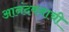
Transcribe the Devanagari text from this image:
आनंदवनाची